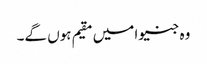
وہ جنیوا میں مقیم ہوں گے۔